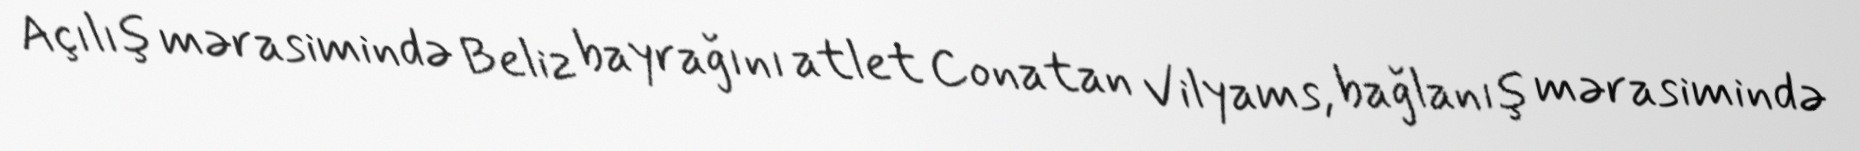
Açılış mərasimində Beliz bayrağını atlet Conatan Vilyams, bağlanış mərasimində